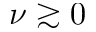
\nu \gtrsim 0